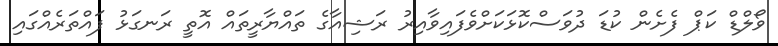
ވޯލްޑް ކަޕް ފެށެން ކުޑަ ދުވަސްކޮޅަކަށްވެފައިވާއިރު ރަޝިއާގެ ތައްޔާރީތައް އޮތީ ރަނގަޅު ފައްތަރެއްގައި